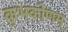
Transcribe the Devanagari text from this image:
कुभकोणम्